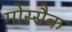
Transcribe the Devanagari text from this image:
मोस्सैक